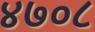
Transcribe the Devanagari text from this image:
४७०८